Annual administration report of the Civil Veterinary Department of India - 1899-1900
Year: 1899
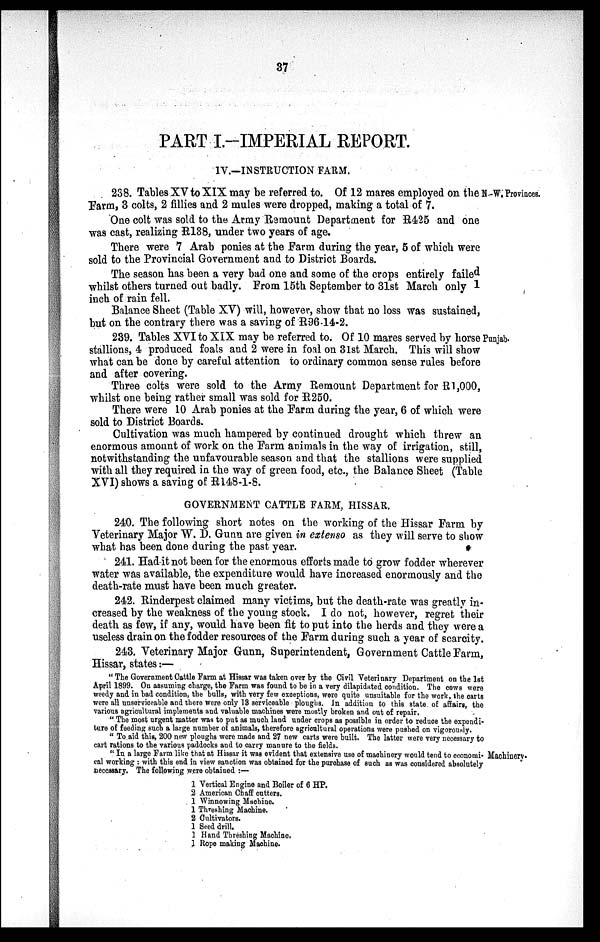
37
PART I.-IMPERIAL REPORT.
IV.—INSTRUCTION FARM.
N.-W. Provinces.
238. Tables XV to XIX may be referred to. Of 12 mares employed on the
Farm, 3 colts, 2 fillies and 2 mules were dropped, making a total of 7.
One colt was sold to the Army Remount Department for R425 and one
was cast, realizing R138, under two years of age.
There were 7 Arab ponies at the Farm during the year, 5 of which were
sold to the Provincial Government and to District Boards.
The season has been a very bad one and some of the crops entirely failed
whilst others turned out badly. From 15th September to 31st March only 1
inch of rain fell.
Balance Sheet (Table XV) will, however, show that no loss was sustained,
but on the contrary there was a saving of R96-14-2.
Punjab.
239. Tables XVI to XIX may be referred to. Of 10 mares served by horse Punjab
stallions, 4 produced foals and 2 were in foal on 31st March. This will show
what can be done by careful attention to ordinary common sense rules before
and after covering.
Three colts were sold to the Army Remount Department for R 1,000,
whilst one being rather small was sold for R250.
There were 10 Arab ponies at the Farm during the year, 6 of which were
sold to District Boards.
Cultivation was much hampered by continued drought which threw an
enormous amount of work on the Farm animals in the way of irrigation, still,
notwithstanding the unfavourable season and that the stallions were supplied
with all they required in the way of green food, etc., the Balance Sheet (Table
XVI) shows a saving of R148-1-8.
GOVERNMENT CATTLE FARM, HISSAR.
240. The following short notes on the working of the Hissar Farm by
Veterinary Major W. D. Gunn are given in extenso as they will serve to show
what has been done during the past year.
241. Had-it not been for the enormous efforts made to grow fodder wherever
water was available, the expenditure would have increased enormously and the
death-rate must have been much greater.
242. Rinderpest claimed many victims, but the death-rate was greatly in-
creased by the weakness of the young stock. I do not, however, regret their
death as few, if any, would have been fit to put into the herds and they were a
useless drain on the fodder resources of the Farm during such a year of scarcity.
243. Veterinary Major Gunn, Superintendent, Government Cattle Farm,
Hissar, states:—
"The Government Cattle Farm at Hissar was taken over by the Civil Veterinary Department on the 1st
April 1899. On assuming charge, the Farm was found to be in a very dilapidated condition. The cows were
weedy and in bad condition, the bulls, with very few exceptions, were quite unsuitable for the work, the carts
were all unserviceable and there were only 13 serviceable ploughs. In addition to this state of affairs, the
various agricultural implements and valuable machines were mostly broken and out of repair.
"The most urgent matter was to put as much land under crops as possible in order to reduce the expendi-
ture of feeding such a large number of animals, therefore agricultural operations were pushed on vigorously.
"To aid this, 200 new ploughs were made and 27 new carts were built. The latter were very necessary to
cart rations to the various paddocks and to carry manure to the fields.
Machinery.
"In a large Farm like that at Hissar it was evident that extensive use of machinery would tend to economi-
cal working: with this end in view sanction was obtained for the purchase of such as was considered absolutely
necessary. The following were obtained :—
1 Vertical Engine and Boiler of 6 HP.
2 American Chaff cutters.
1 Winnowing Machine.
1 Threshing Machine.
2 Cultivators.
1 Seed drill.
1 Hand Threshing Machine.
1 Rope making Machine.